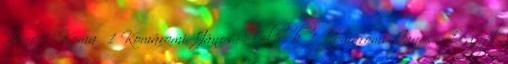
János Koma 1 Komáromi János: Felhők 1 Komáromi János: Legyél